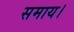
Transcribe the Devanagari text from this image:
समाय।